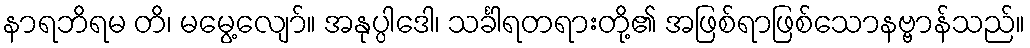
နာရဘိရမ တိ၊ မမွေ့လျော်။ အနုပ္ပါဒေါ၊ သင်္ခါရတရားတို့၏ အဖြစ်ရာဖြစ်သောနဗ္ဗာန်သည်။